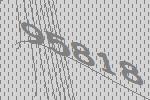
95818